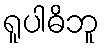
ရူပါဓိဘူ